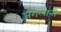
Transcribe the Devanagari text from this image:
जंगलानी